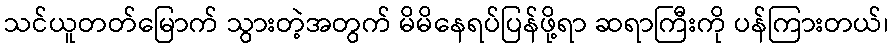
သင်ယူတတ်မြောက် သွားတဲ့အတွက် မိမိနေရပ်ပြန်ဖို့ရာ ဆရာကြီးကို ပန်ကြားတယ်၊